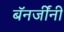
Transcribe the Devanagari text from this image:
बॅनर्जींनी